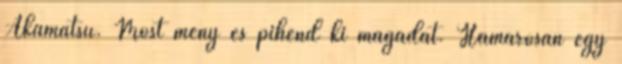
Akamatsu. Most meny és pihend ki magadat. Hamarosan egy